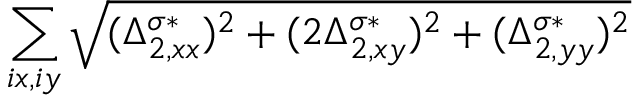
\sum _ { i x , i y } \sqrt { ( \Delta _ { 2 , x x } ^ { \sigma * } ) ^ { 2 } + ( 2 \Delta _ { 2 , x y } ^ { \sigma * } ) ^ { 2 } + ( \Delta _ { 2 , y y } ^ { \sigma * } ) ^ { 2 } }